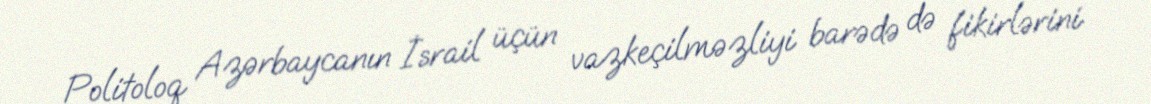
Politoloq Azərbaycanın İsrail üçün vazkeçilməzliyi barədə də fikirlərini